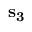
{ \bf s _ { 3 } }